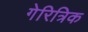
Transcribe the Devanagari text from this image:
गेरित्रिक